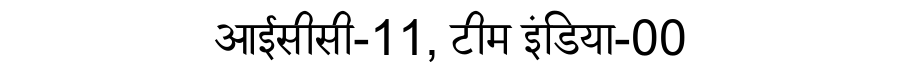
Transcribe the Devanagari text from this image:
आईसीसी-11, टीम इंडिया-00